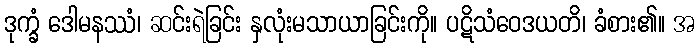
ဒုက္ခံ ဒေါမနဿံ၊ ဆင်းရဲခြင်း နှလုံးမသာယာခြင်းကို။ ပဋိသံဝေဒယတိ၊ ခံစား၏။ အ